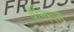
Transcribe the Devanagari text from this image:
वेन्क्विश